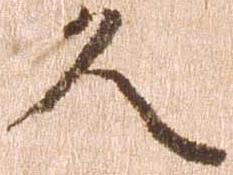
久